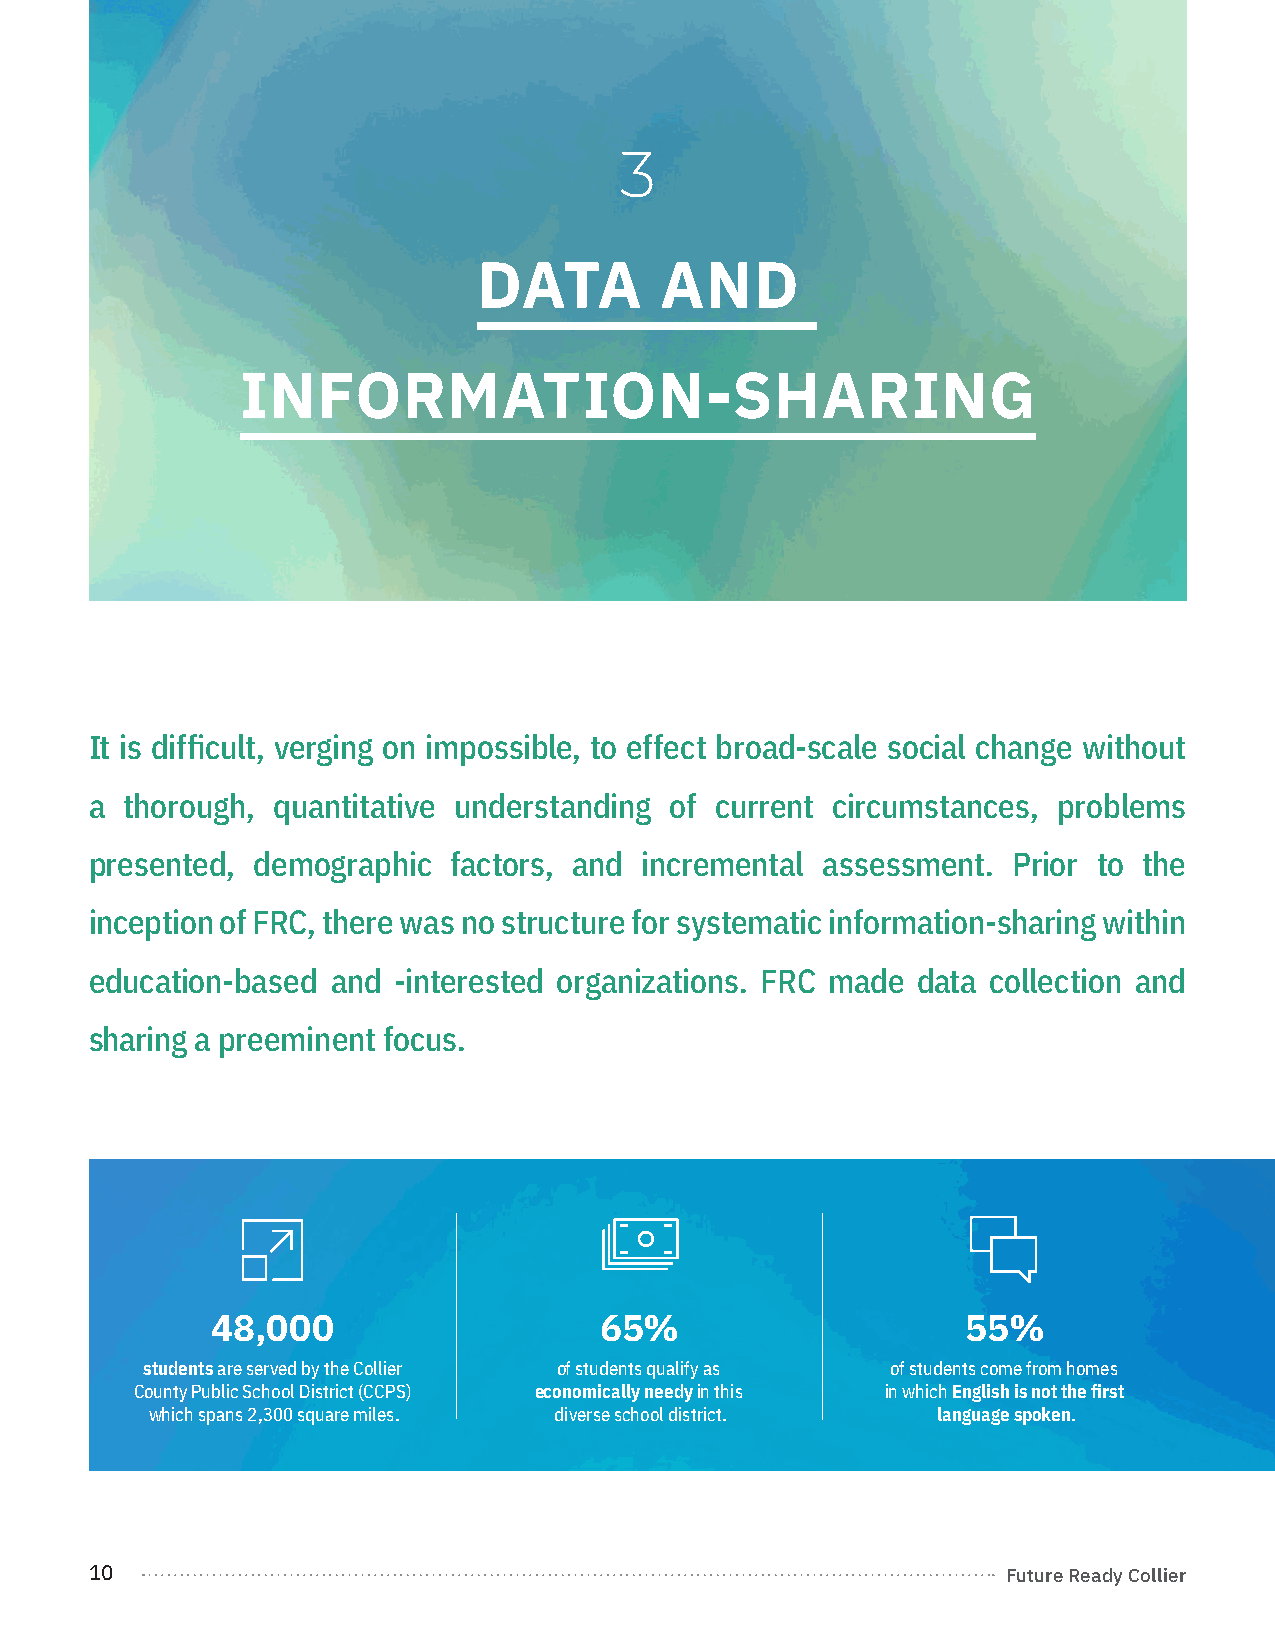
3
 DATA        AND
 INFORMATION-SHARING
 It is difficult, verging on impossible, to effect broad-scale social change without
 a thorough, quantitative understanding of current circumstances, problems
 presented, demographic  factors, and incremental assessment. Prior to the
 inception of FRC, there was no structure for systematic information-sharing within
 education-based and -interested organizations. FRC made data collection and
 sharing a preeminent focus.
 
                                                 
 48,000                    65%                     55%
 students are served by the Collier of students qualify as of students come from homes
 County Public School District (CCPS) economically needy in this in which English is not the first
 which spans 2,300 square miles. diverse school district. language spoken.
 10                                                           Future Ready Collier